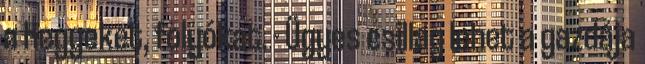
a hegyeket, folyókat. - Ügyes csillag lehet a gazdája